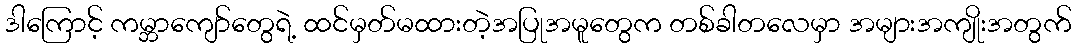
ဒါကြောင့် ကမ္ဘာကျော်တွေရဲ့ ထင်မှတ်မထားတဲ့အပြုအမူတွေက တစ်ခါတလေမှာ အများအကျိုးအတွက်